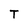
Character: T